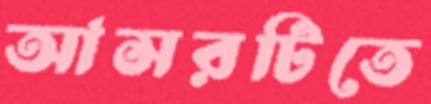
আসরটিতে